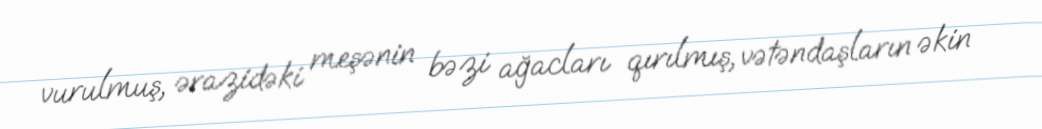
vurulmuş, ərazidəki meşənin bəzi ağacları qırılmış, vətəndaşların əkin